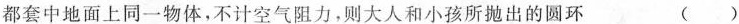
都套中地面上同一物体，不计空气阻力，则大人和小孩所抛出的圆环 ( )